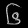
Digit: ၆